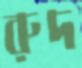
রুদ